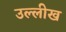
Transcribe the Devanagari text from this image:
उल्लीख